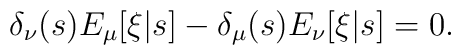
\delta_\nu(s) E_\mu[\xi|s] - \delta_\mu(s) E_\nu[\xi|s] = 0.